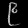
Digit: ၉